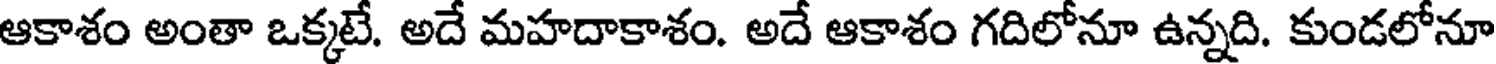
ఆకాశం అంతా ఒక్కటే. అదే మహదాకాశం. అదే ఆకాశం గదిలోనూ ఉన్నది. కుండలోనూ